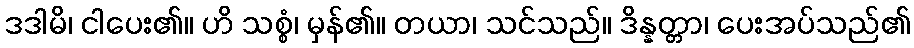
ဒဒါမိ၊ ငါပေး၏။ ဟိ သစ္စံ၊ မှန်၏။ တယာ၊ သင်သည်။ ဒိန္နတ္တာ၊ ပေးအပ်သည်၏